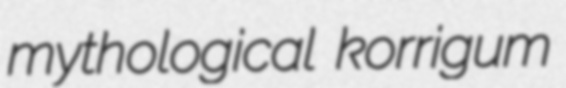
mythological korrigum